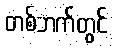
တစ်ဘက်တွင်